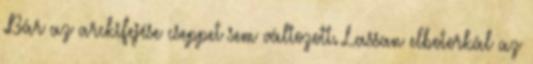
.Bár az arckifejése cseppet sem változott. Lassan elbotorkál az